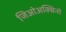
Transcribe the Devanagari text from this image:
जिओअक्सिनो